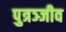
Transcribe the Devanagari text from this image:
पुत्रञ्जीव